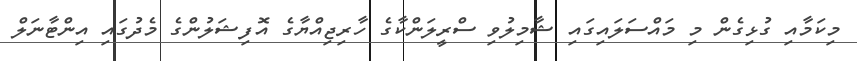
މިކަމާއި ގުޅިގެން މި މައްސަލައިގައި ޝާމިލުވި ސްރީލަންކާގެ ހާރިޖިއްޔާގެ އޮފިޝަލުންގެ މެދުގައި އިންޓާނަލް